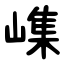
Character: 㠎